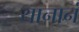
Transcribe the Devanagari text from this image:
यानानं